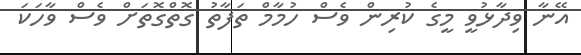
އޭނާ ވިދާޅުވީ މީގެ ކުރިން ވެސް ހުމާމް ތަފާތު ގޮތްގޮތަށް ވެސް ވާހަކަ